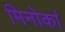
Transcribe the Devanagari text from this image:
मिनोर्का